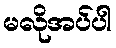
မလိုအပ်ပါ